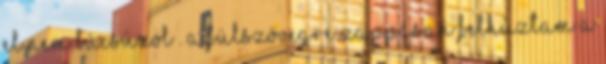
el nem búcsúzol . A fülszövegre Zappásan felhúztam a